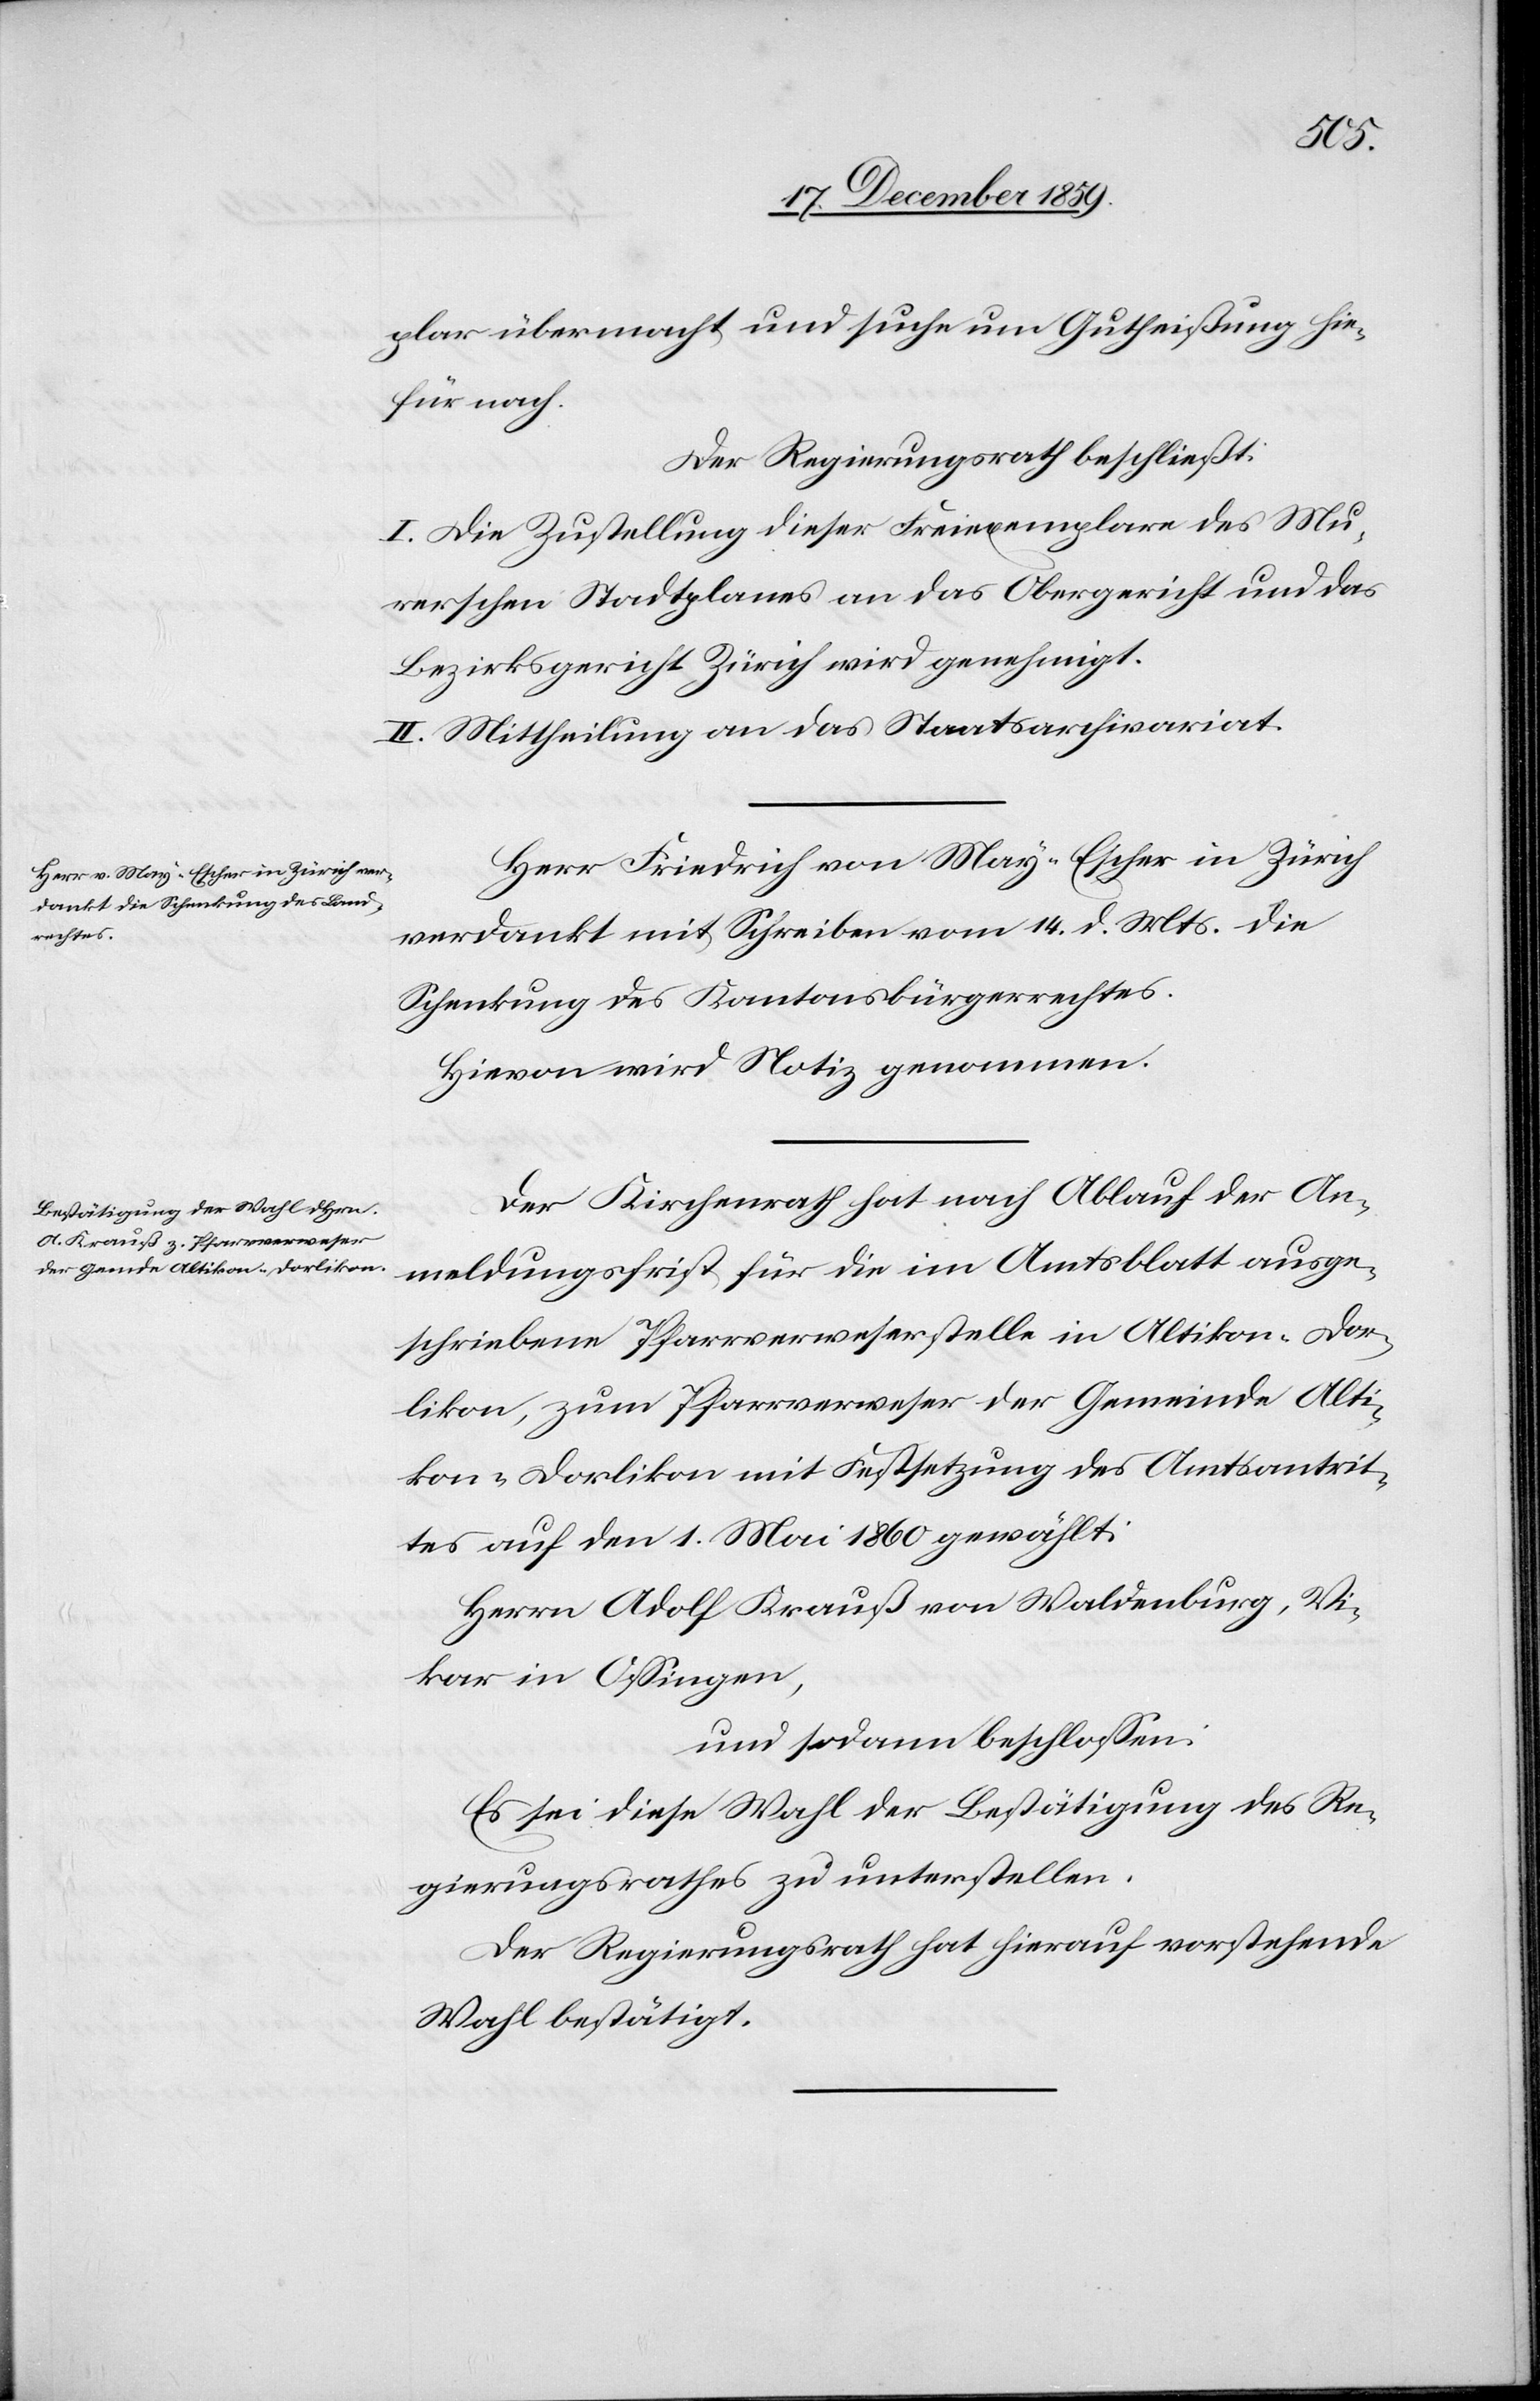
plar übermacht und suche um Gutheißung hie¬
für nach.
Der Regierungsrath beschließt:
I. Die Zustellung dieser Freiexemplare des Mu¬
rerschen Stadtplanes an das Obergericht und das
Bezirksgericht Zürich wird genehmigt.
II. Mittheilung an das Staatsarchivariat.
Herr Friedrich von May-Escher in Zürich
verdankt mit Schreiben vom 14. d. Mts. die
Schenkung des Kantonsbürgerrechtes.
Hievon wird Notiz genommen.
Der Kirchenrath hat nach Ablauf der An¬
meldungsfrist für die im Amtsblatt ausge¬
schriebene Pfarrverweserstelle in Altikon-Dor¬
likon, zum Pfarrverweser der Gemeinde Alti¬
kon-Dorlikon mit Festsetzung des Amtsantrit¬
tes auf den 1. Mai 1860 gewählt:
Herrn Adolf Krauß von Waldenburg, Vi¬
kar in Ossingen,
und sodann beschlossen:
Es sei diese Wahl der Bestätigung des Re¬
gierungsrathes zu unterstellen.
Der Regierungsrath hat hierauf vorstehende
Wahl bestätigt.